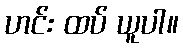
ဟင်း ထပ် ယူပါ။